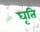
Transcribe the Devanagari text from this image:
घृति